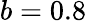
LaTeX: b=0.8